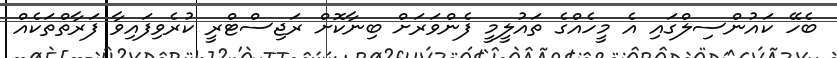
ބެހޭ ކައުންސިލްގައި އެ މީހެއްގެ ތައުލީމީ ފެންވަރަށް ބިނާކޮށް ރަޖިސްޓްރީ ކުރެވިފައިވާ ފަރާތްތަކެއް